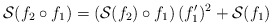
\begin{align*}\mathcal S(f_2 \circ f_1) = \left (\mathcal S(f_2) \circ f_1 \right) (f_1')^2 + \mathcal S(f_1)\end{align*}